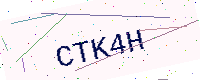
Text: CTK4H